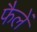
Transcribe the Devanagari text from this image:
फैलें